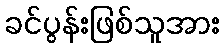
ခင်ပွန်းဖြစ်သူအား